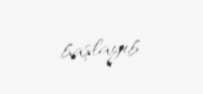
başlayıb.